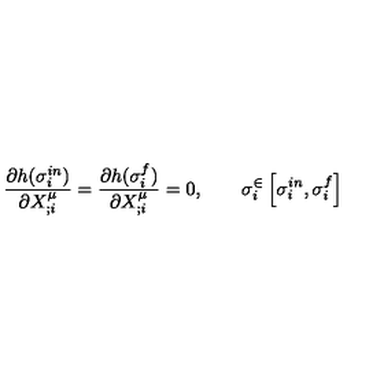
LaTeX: \frac { \partial h ( \sigma _ { i } ^ { i n } ) } { \partial X _ { ; i } ^ { \mu } } = \frac { \partial h ( \sigma _ { i } ^ { f } ) } { \partial X _ { ; i } ^ { \mu } } = 0 , \qquad \sigma _ { i } ^ { \in } \left[ \sigma _ { i } ^ { i n } , \sigma _ { i } ^ { f } \right]